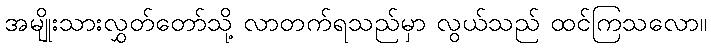
အမျိုးသားလွှတ်တော်သို့ လာတက်ရသည်မှာ လွယ်သည် ထင်ကြသလော။